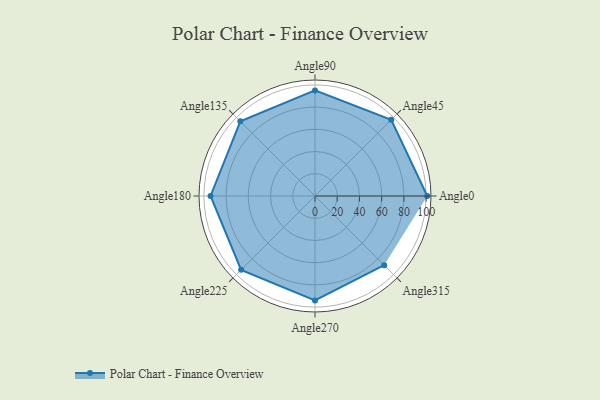
{"axis": {"x": "Angle", "y": "Radius"}, "legend": [""], "data": [{"x": "Angle0", "y": 101.0, "type": ""}, {"x": "Angle45", "y": 97.0, "type": ""}, {"x": "Angle90", "y": 95.0, "type": ""}, {"x": "Angle135", "y": 95.0, "type": ""}, {"x": "Angle180", "y": 94.0, "type": ""}, {"x": "Angle225", "y": 94.0, "type": ""}, {"x": "Angle270", "y": 94.0, "type": ""}, {"x": "Angle315", "y": 88.0, "type": ""}]}